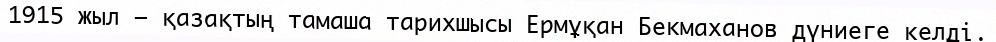
1915 жыл – қазақтың тамаша тарихшысы Ермұқан Бекмаханов дүниеге келді.